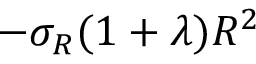
- \sigma _ { R } ( 1 + \lambda ) R ^ { 2 }